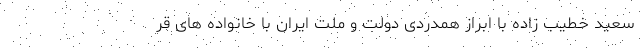
سعید خطیب زاده با ابراز همدردی دولت و ملت ایران با خانواده های قر